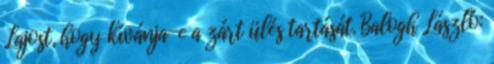
Lajost, hogy kívánja-e a zárt ülés tartását. Balogh László: